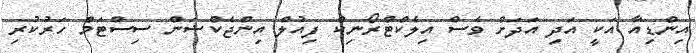
އިންޑިއާ އަކީ އަދި އަދަށް ވެސް އިލެކްޓްރޯނިކް ފިއުލް އިންޖެކްޝަން ސިސްޓަމް ހަރުކުރި